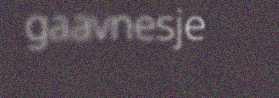
gaavnesje